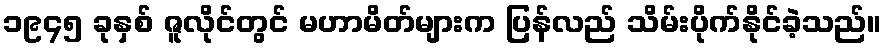
၁၉၄၅ ခုနှစ် ဇူလိုင်တွင် မဟာမိတ်များက ပြန်လည် သိမ်းပိုက်နိုင်ခဲ့သည်။